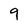
Character: 9